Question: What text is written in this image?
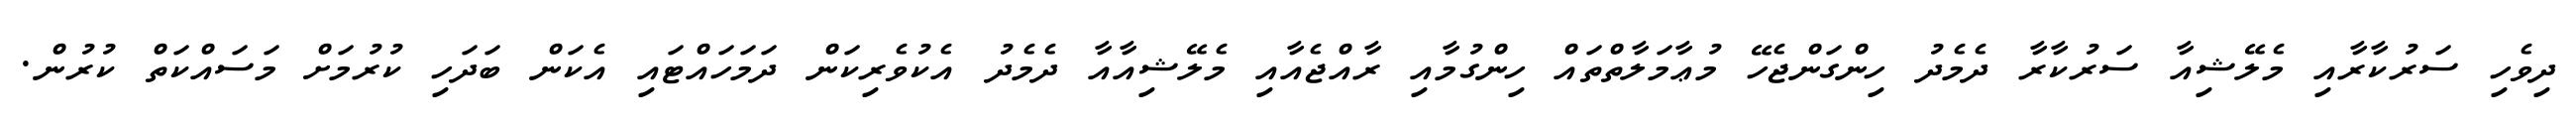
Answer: ދިވެހި ސަރުކާރާއި މެލޭޝިއާ ސަރުކާރާ ދެމެދު ހިންގަންޖެހޭ މުޢާމަލާތްތައް ހިންގުމާއި ރާއްޖެއާއި މެލޭޝިއާއާ ދެމެދު އެކުވެރިކަން ދަމަހައްޓައި އެކަން ބަދަހި ކުރުމަށް މަސައްކަތް ކުރުން.